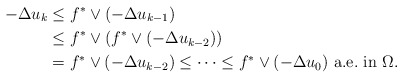
\begin{align*} - \Delta u_k &\leq f^* \vee (-\Delta u_{k-1})\\ &\leq f^* \vee \left( f^* \vee (-\Delta u_{k-2}) \right)\\ &= f^* \vee (-\Delta u_{k-2}) \leq \cdots \leq f^* \vee (-\Delta u_0)\mbox{ a.e.~in } \Omega.\end{align*}